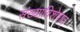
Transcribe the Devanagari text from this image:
संख्याविशेषात्